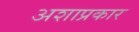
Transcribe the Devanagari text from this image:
अशाप्रकार